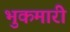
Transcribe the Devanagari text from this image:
भुकमारी